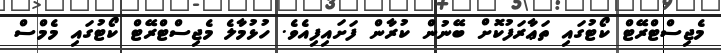
މެޖިސްޓްރޭޓް ކޯޓުގައި ތަޢާރަފުކޮށް ބޭނުން ކުރާން ފަށައިފިއެވެ. ހުޅުމާލެ މެޖިސްޓްރޭޓް ކޯޓުގައި މެމްސް